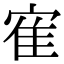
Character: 寉